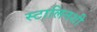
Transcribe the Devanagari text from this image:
स्टालिनशी